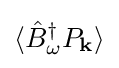
\langle {\hat {B}}_{\omega }^{\dagger }P_{\mathbf {k} }\rangle